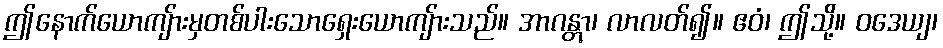
ဤနောက်ယောကျ်ားမှတစ်ပါးသောရှေးယောကျ်ားသည်။ အာဂန္တွာ၊ လာလတ်၍။ ဧဝံ၊ ဤသို့။ ဝဒေယျ၊